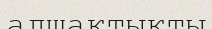
алшақтықты